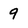
Character: 9